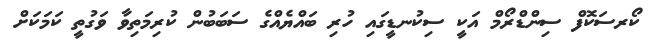
ކޯރސަކޮފް ސިންޑްރޯމް އަކީ ސިކުނޑީގައި ހުރި ބައްޔެއްގެ ސަބަބުން ކުރިމަތިވާ ވަގުތީ ކަމަކަށް